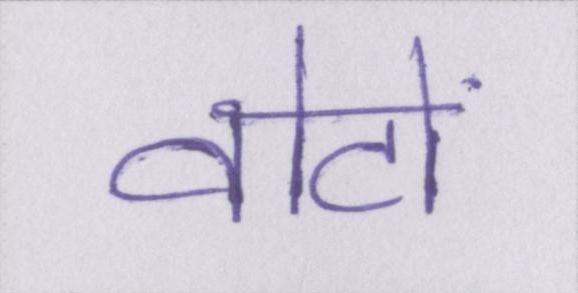
वोटों